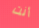
أنت